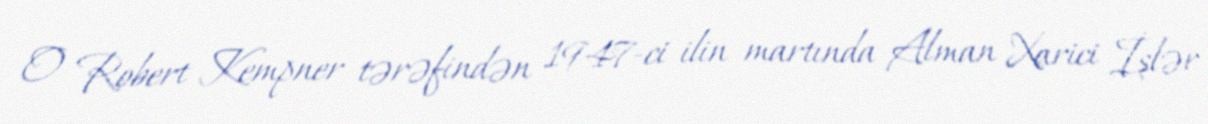
O Robert Kempner tərəfindən 1947-ci ilin martında Alman Xarici İşlər